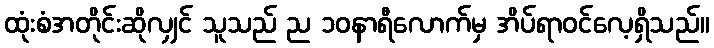
ထုံးစံအတိုင်းဆိုလျှင် သူသည် ည ၁၀နာရီလောက်မှ အိပ်ရာဝင်လေ့ရှိသည်။